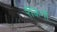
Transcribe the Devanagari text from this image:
रैंकिंगों